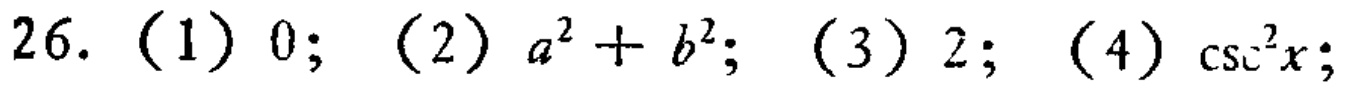
26.（1）$0$；（2）$a^{2}+b^{2}$；（3）$2$；（4）$\csc^{2}x$；